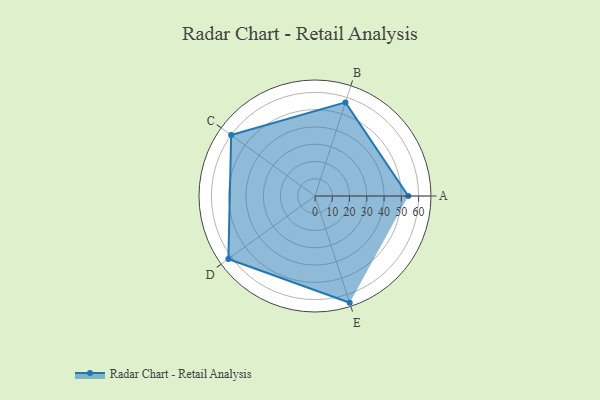
{"axis": {"x": "Skill", "y": "Score"}, "legend": ["Profile"], "data": [{"x": "A", "y": 54.0, "type": "Profile"}, {"x": "B", "y": 57.0, "type": "Profile"}, {"x": "C", "y": 60.0, "type": "Profile"}, {"x": "D", "y": 62.0, "type": "Profile"}, {"x": "E", "y": 65.0, "type": "Profile"}]}